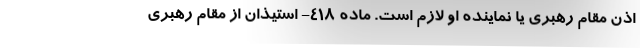
اذن مقام رهبری یا نماینده او لازم است. ماده ۴۱۸- استیذان از مقام رهبری